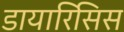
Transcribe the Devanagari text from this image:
डायारिसिस